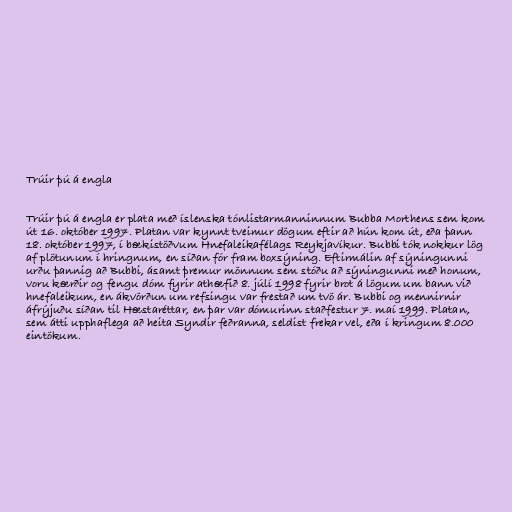
Trúir þú á engla

Trúir þú á engla er plata með íslenska tónlistarmanninnum Bubba Morthens sem kom
út 16. október 1997. Platan var kynnt tveimur dögum eftir að hún kom út, eða þann
18. október 1997, í bækistöðvum Hnefaleikafélags Reykjavíkur. Bubbi tók nokkur lög
af plötunum í hringnum, en síðan fór fram boxsýning. Eftirmálin af sýningunni
urðu þannig að Bubbi, ásamt þremur mönnum sem stóðu að sýningunni með honum,
voru kærðir og fengu dóm fyrir athæfið 8. júlí 1998 fyrir brot á lögum um bann við
hnefaleikum, en ákvörðun um refsingu var frestað um tvö ár. Bubbi og mennirnir
áfrýjuðu síðan til Hæstaréttar, en þar var dómurinn staðfestur 7. maí 1999. Platan,
sem átti upphaflega að heita Syndir feðranna, seldist frekar vel, eða í kringum 8.000
eintökum.